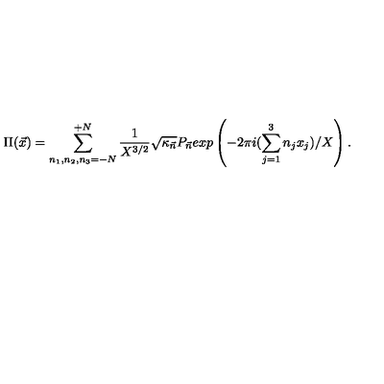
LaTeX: \Pi ( { \vec { x } } ) = \sum _ { n _ { 1 } , n _ { 2 } , n _ { 3 } = - N } ^ { + N } \frac { 1 } { X ^ { 3 / 2 } } { \sqrt { \kappa _ { \vec { n } } } } P _ { \vec { n } } e x p \left( - 2 \pi i ( \sum _ { j = 1 } ^ { 3 } n _ { j } x _ { j } ) / X \right) .